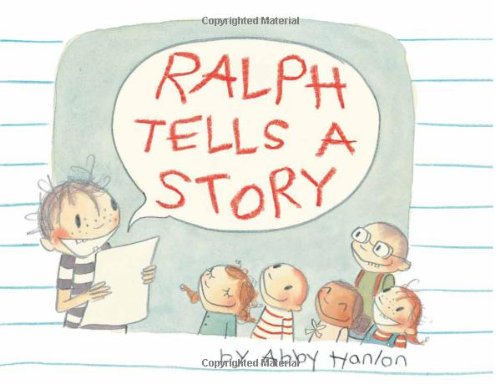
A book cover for Ralph Tells a Story; Abby Hanlon; Children's Books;